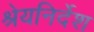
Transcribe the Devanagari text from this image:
श्रेयनिर्देश